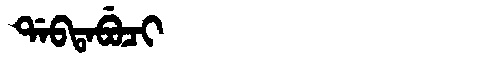
Manchu: ᡩᠠᠪᡨᠠᠪᡠᠴᡳ
Romanization: DABTABUCI